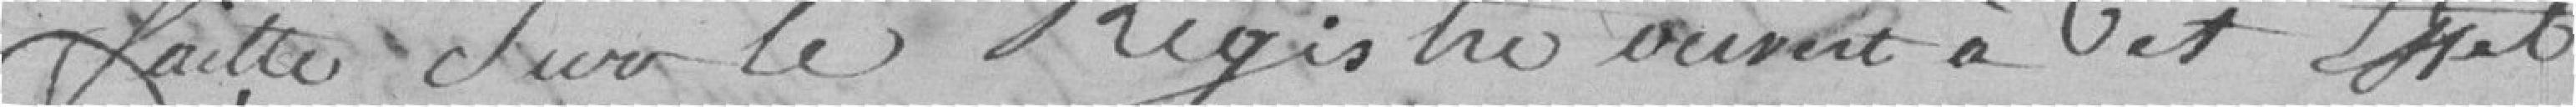
faite dans le Registre ouvert à cet effet